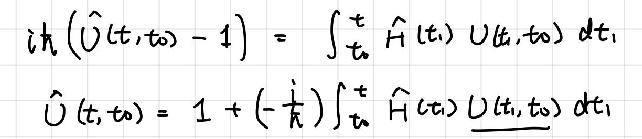
\begin{align*}
i\hbar(\hat{U}(t,t_0)-1)&=\int_{t_0}^{t}\hat{H}(t_1)U(t_1,t_0)dt_1\\
\hat{U}(t,t_0)&=1+(-\frac{i}{\hbar})\int_{t_0}^{t}\hat{H}(t_1)U(t_1,t_0)dt_1
\end{align*}